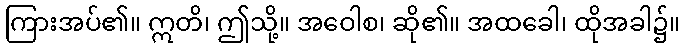
ကြားအပ်၏။ ဣတိ၊ ဤသို့။ အဝေါစ၊ ဆို၏။ အထခေါ၊ ထိုအခါ၌။